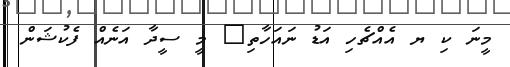
މީނަ ކި ޔ އެއްޗެހި އަޑު ނައަހާތި@ މީ ސީދާ އަނެއް ފެކުޝަން